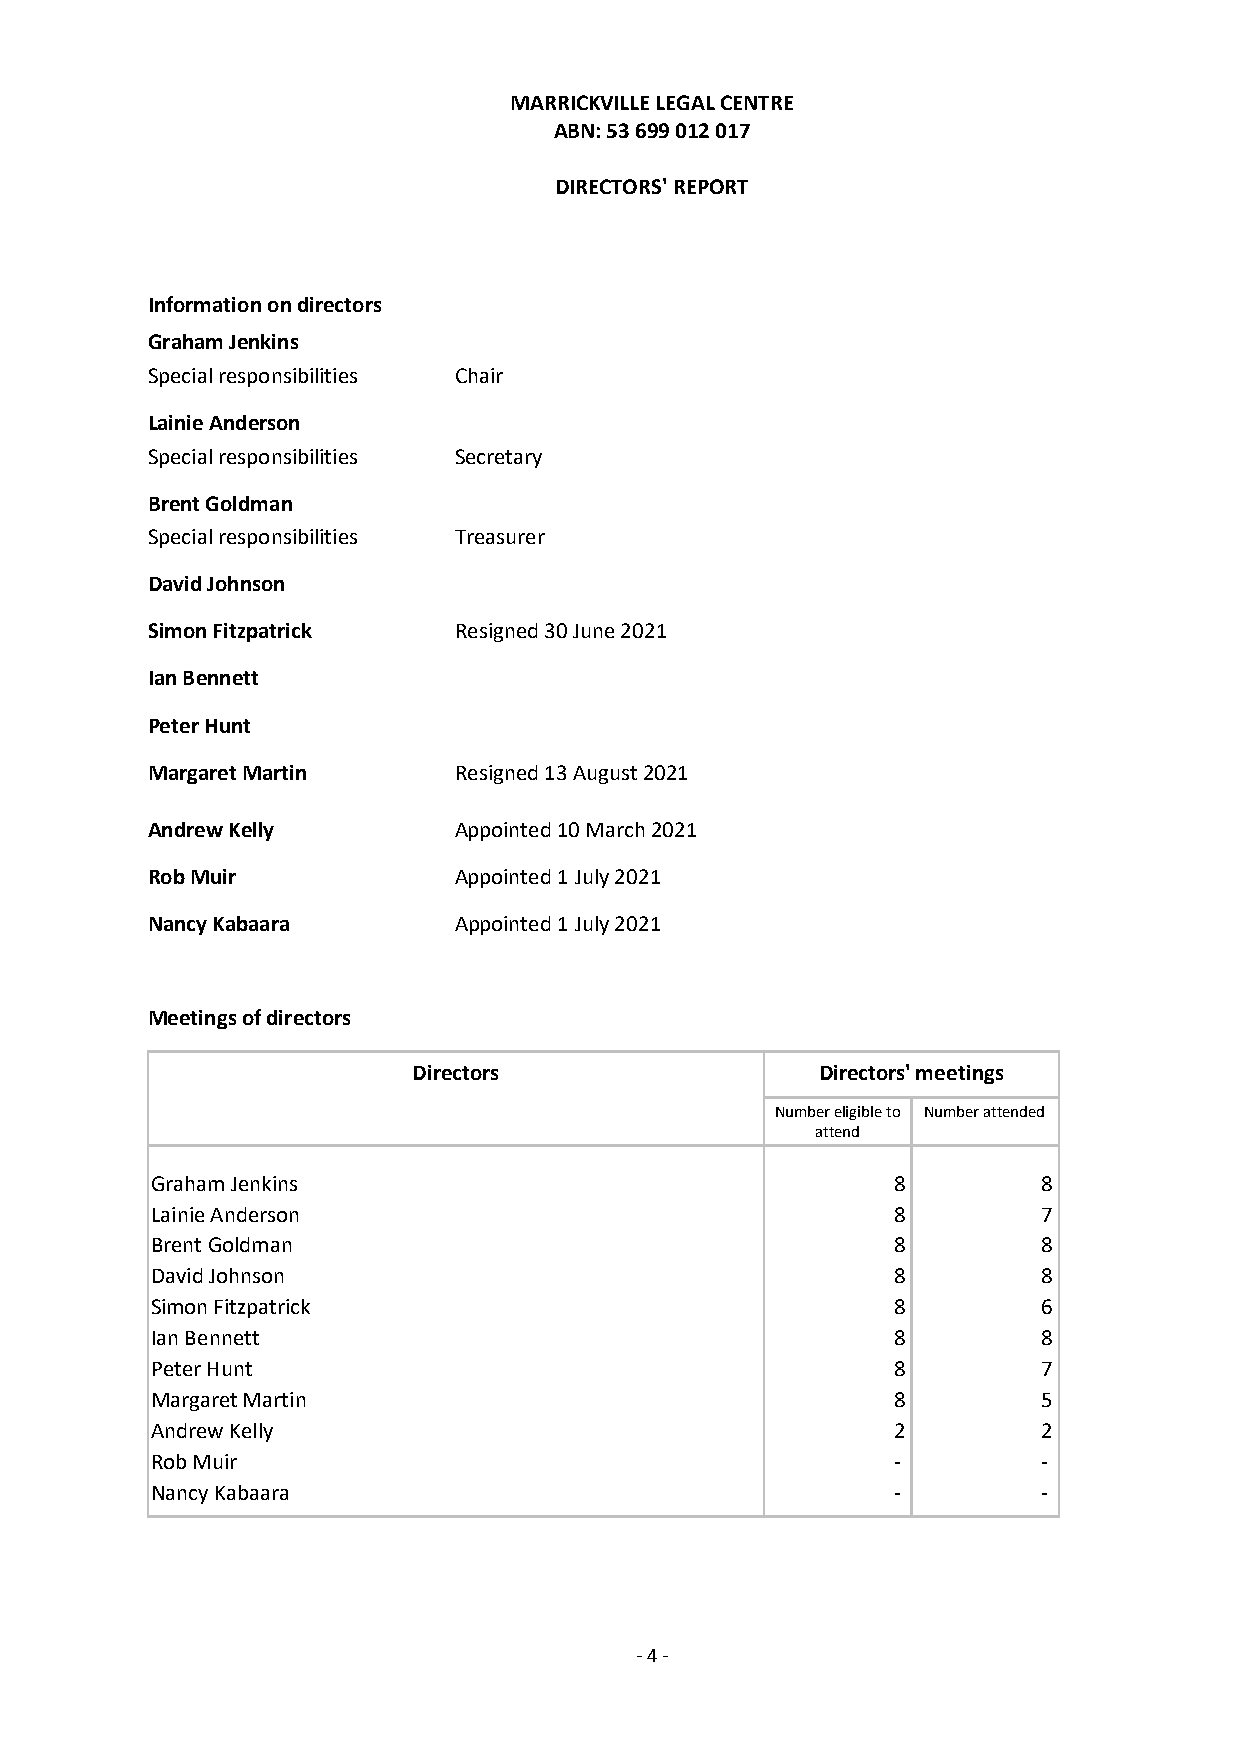
MARRICKVILLE LEGAL CENTRE
 ABN: 53 699 012 017
 DIRECTORS' REPORT
 Information on directors
 Graham Jenkins
 Special responsibilities Chair
 Lainie Anderson
 Special responsibilities Secretary
 Brent Goldman
 Special responsibilities Treasurer
 David Johnson
 Simon Fitzpatrick   Resigned 30 June 2021
 Ian Bennett
 Peter Hunt
 Margaret Martin     Resigned 13 August 2021
 Andrew Kelly        Appointed 10 March 2021
 Rob Muir            Appointed 1 July 2021
 Nancy Kabaara       Appointed 1 July 2021
 Meetings of directors
 Directors                  Directors' meetings
 Number eligible to Number attended
 attend
 Graham Jenkins                                   8         8
 Lainie Anderson                                  8         7
 Brent Goldman                                    8         8
 David Johnson                                    8         8
 Simon Fitzpatrick                                8         6
 Ian Bennett                                      8         8
 Peter Hunt                                       8         7
 Margaret Martin                                  8         5
 Andrew Kelly                                     2         2
 Rob Muir                                         -         -
 Nancy Kabaara                                    -         -
 - 4 -